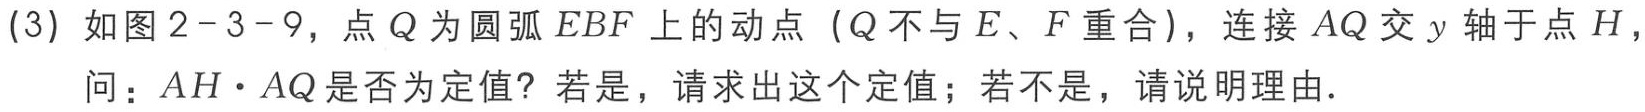
(3) 如图2 - 3 - 9，点Q为圆弧EBF上的动点（Q不与E、F重合），连接AQ交y轴于点H，

问：\(AH\cdot AQ\)是否为定值？若是，请求出这个定值；若不是，请说明理由.